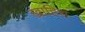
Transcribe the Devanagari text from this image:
ख़ाहिश